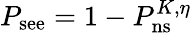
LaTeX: P_{\mathrm{see}}=1-P_{\mathrm{ns}}^{K,\eta}